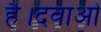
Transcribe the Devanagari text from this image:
है।दवाओं